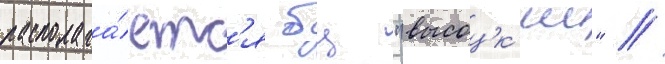
располага́етс'я бц "высоцк'ии" /